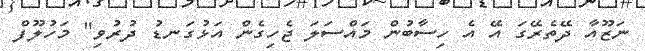
ނަޒޫއާ ދޭތެރޭގަ އޭ އެ ހިސާބުން މައްސަލަ ޖެހިގެން އަޅުގަނޑު ދުރުވި" މަހުލޫފް